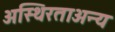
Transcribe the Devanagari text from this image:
अस्थिरताअन्य